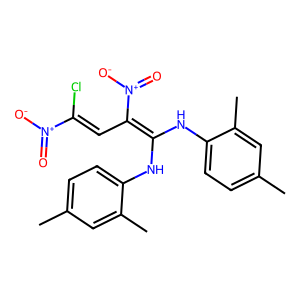
SMILES: Cc1ccc(NC(Nc2ccc(C)cc2C)=C(C=C(Cl)[N+](=O)[O-])[N+](=O)[O-])c(C)c1
Inhibits HIV replication: No